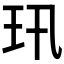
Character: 𤣲